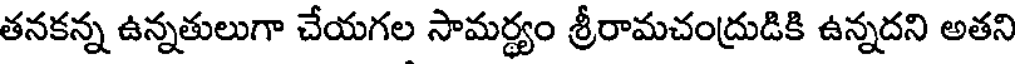
తనకన్న ఉన్నతులుగా చేయగల సామర్థ్యం శ్రీరామచంద్రుడికి ఉన్నదని అతని